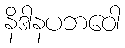
နိဒါနပဘဝေါ